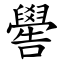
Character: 嚳